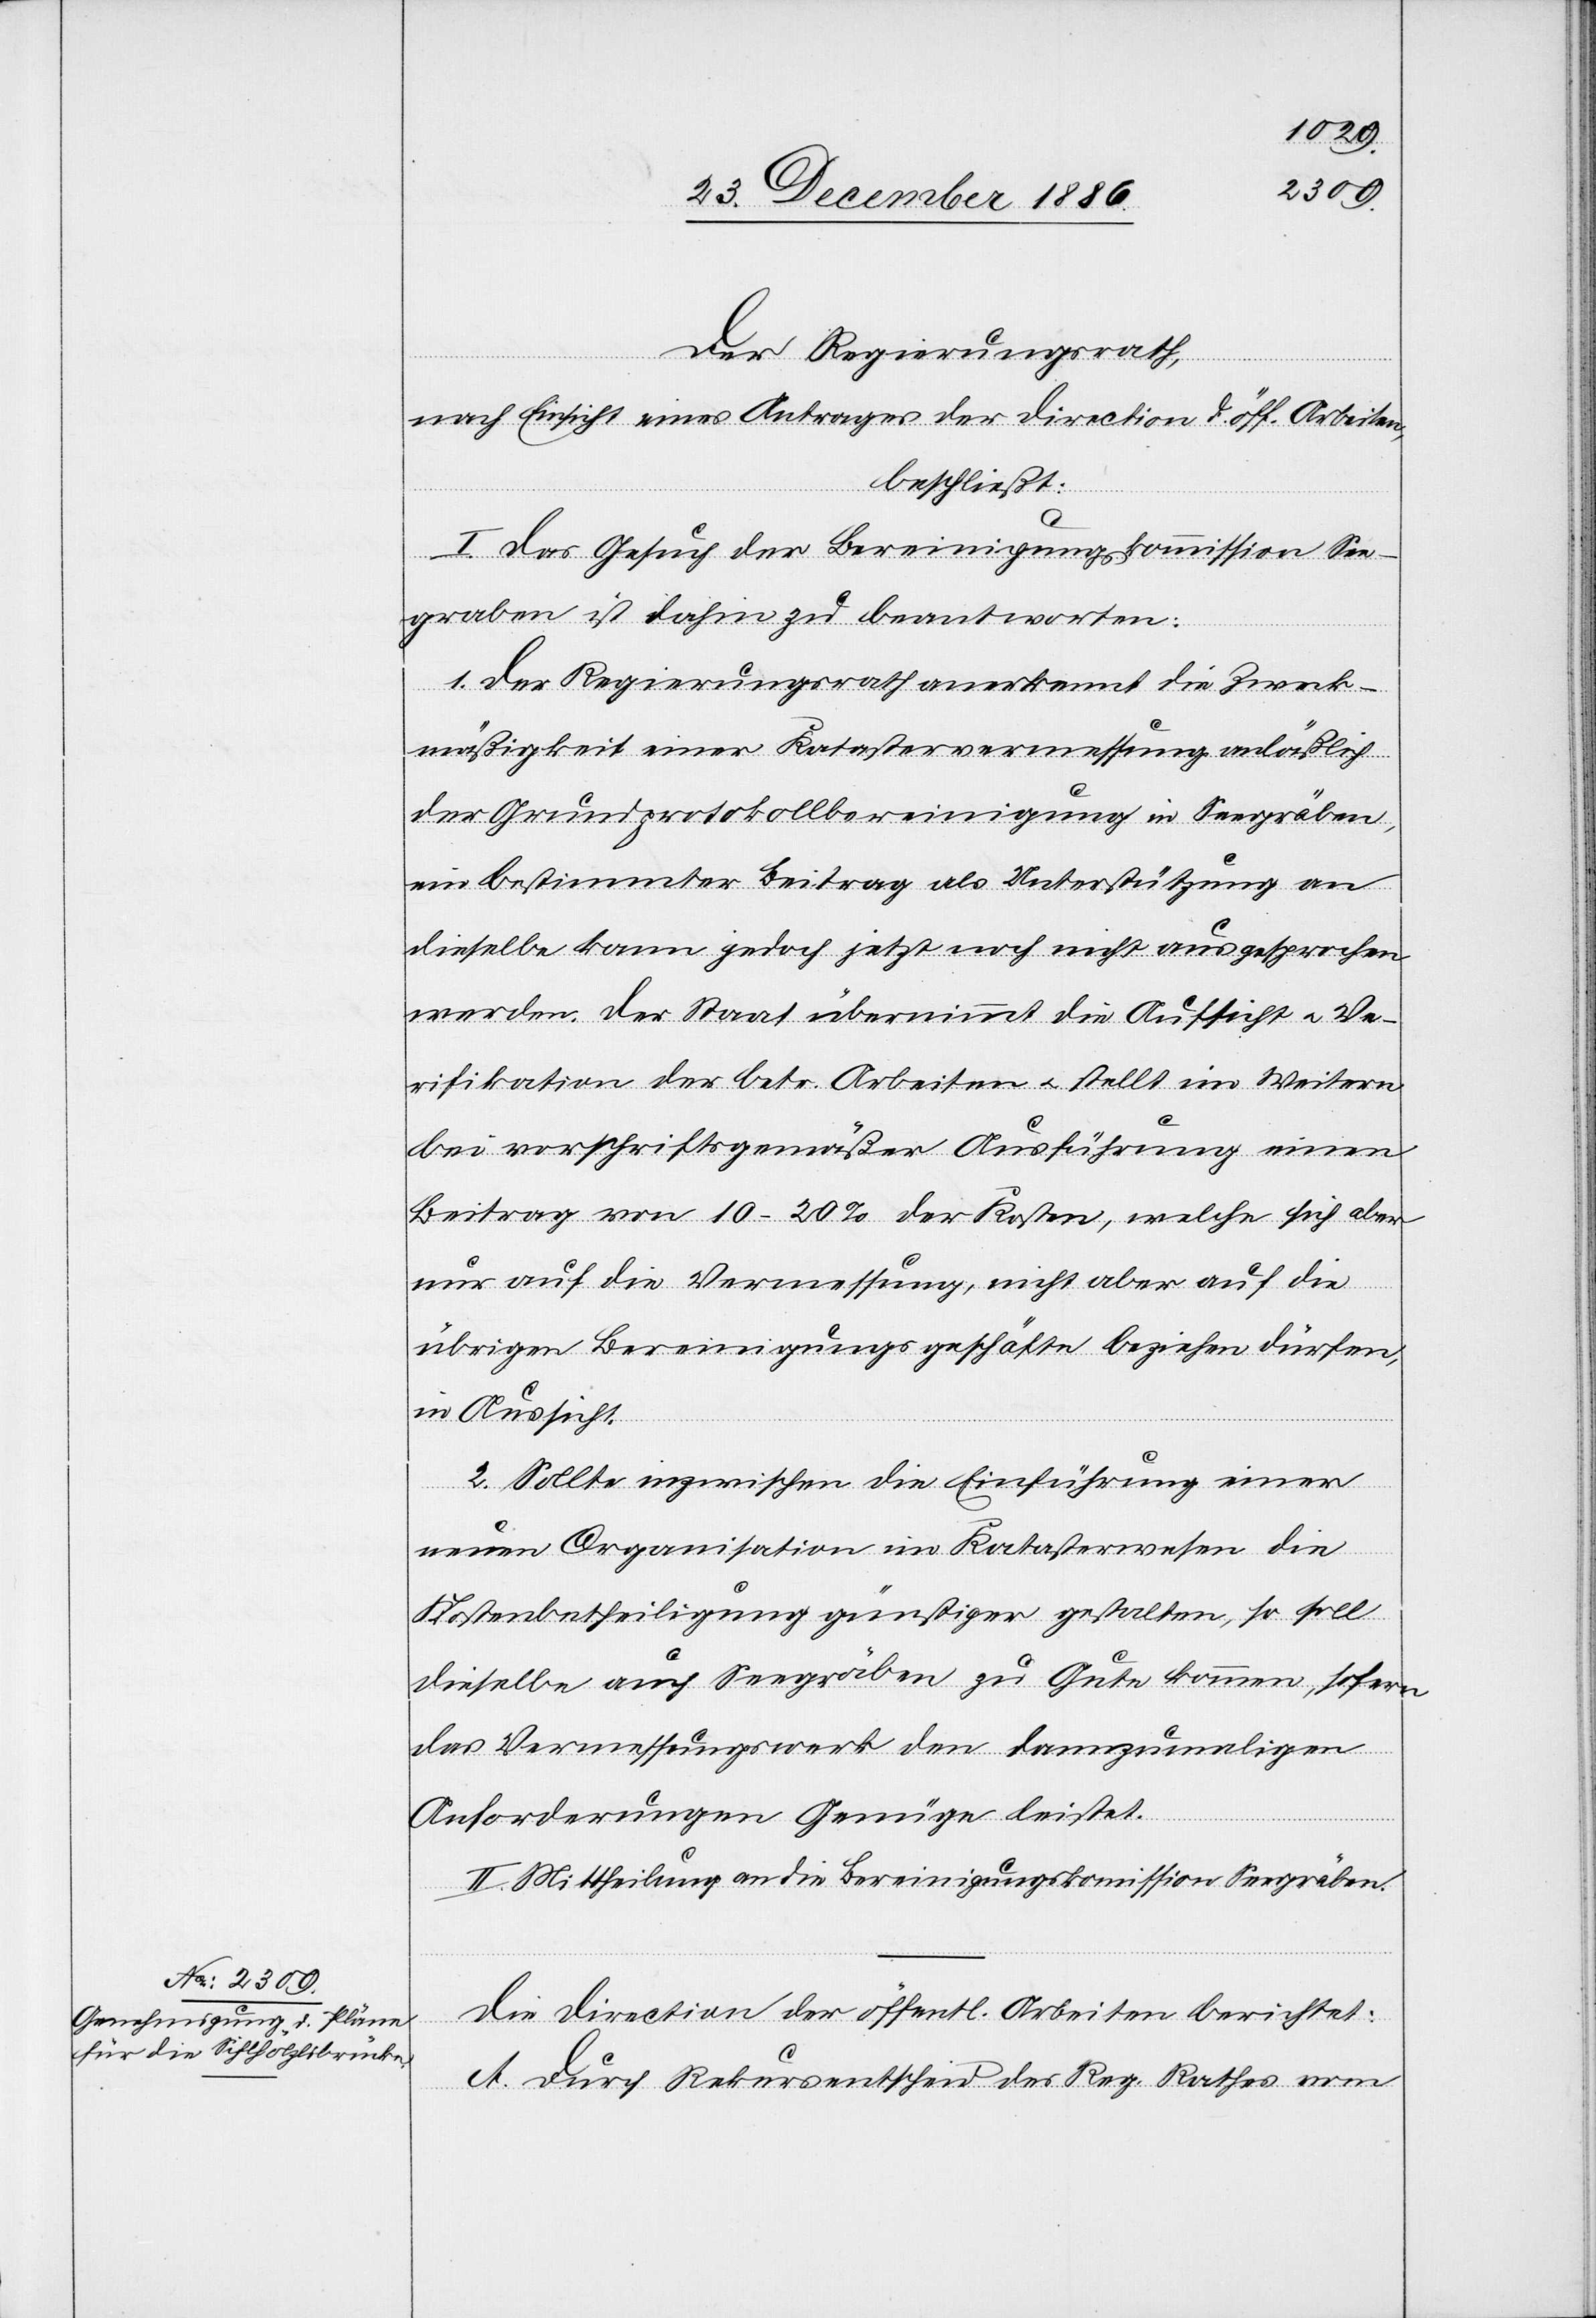
Der Regierungsrath,
nach Einsicht eines Antrages der Direction d. öff. Arbeiten,
beschließt:
I. Das Gesuch der Bereinigungskommission See¬
graben [sic!] ist dahin zu beantworten:
1. Der Regierungsrath anerkennt die Zweck¬
mäßigkeit einer Katastervermessung anläßlich
der Grundprotokollbereinigung in Seegräben,
ein bestimmter Beitrag als Unterstützung an
dieselbe kann jedoch jetzt noch nicht ausgesprochen
werden. Der Staat übernimmt die Aufsicht & Ve¬
rifikation der betr. Arbeiten & stellt im Weitern
bei vorschriftsgemäßer Ausführung einen
Beitrag von 10–20% der Kosten, welche sich aber
nur auf die Vermessung, nicht aber auf die
übrigen Bereinigungsgeschäfte beziehen dürfen,
in Aussicht.
2. Sollte inzwischen die Einführung einer
neuen Organisation im Katasterwesen die
Kostenbetheiligung günstiger gestalten, so soll
dieselbe auch Seegräben zu Gute kommen, sofern
das Vermessungswerk den dannzumaligen
Anforderungen Genüge leistet.
II. Mittheilung an die Bereinigungskom[m]ission Seegräben.
Die Direction der öffentl. Arbeiten berichtet:
A. Durch Rekursentscheid des Reg. Rathes vom